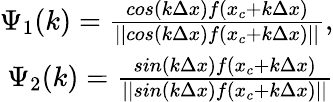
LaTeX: \begin{array}{r}{\Psi_{1}(k)=\frac{cos(k\Delta x)f(x_{c}+k\Delta x)}{||cos(k\Delta x)f(x_{c}+k\Delta x)||},}\\ {\Psi_{2}(k)=\frac{sin(k\Delta x)f(x_{c}+k\Delta x)}{||sin(k\Delta x)f(x_{c}+k\Delta x)||}}\end{array}